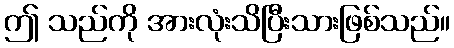
ဤ သည်ကို အားလုံးသိပြီးသားဖြစ်သည်။